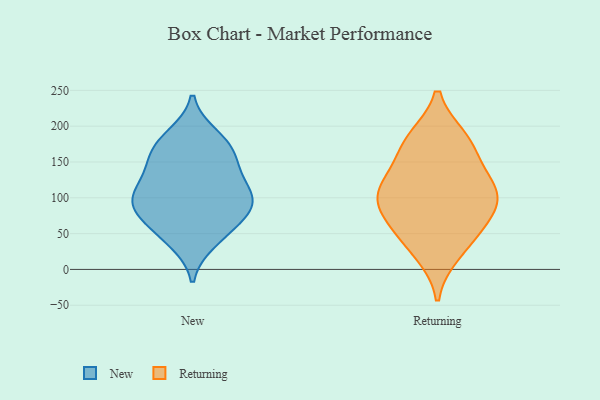
{"axis": {"x": "Operating Costs (USD K)", "y": "Value"}, "legend": ["New", "Returning"], "data": [{"x": "", "y": 187, "type": "New"}, {"x": "", "y": 155, "type": "New"}, {"x": "", "y": 46, "type": "New"}, {"x": "", "y": 84, "type": "New"}, {"x": "", "y": 121, "type": "New"}, {"x": "", "y": 60, "type": "New"}, {"x": "", "y": 92, "type": "New"}, {"x": "", "y": 116, "type": "New"}, {"x": "", "y": 182, "type": "New"}, {"x": "", "y": 38, "type": "New"}, {"x": "", "y": 91, "type": "New"}, {"x": "", "y": 166, "type": "New"}, {"x": "", "y": 159, "type": "New"}, {"x": "", "y": 135, "type": "New"}, {"x": "", "y": 106, "type": "New"}, {"x": "", "y": 78, "type": "New"}, {"x": "", "y": 91, "type": "New"}, {"x": "", "y": 102, "type": "Returning"}, {"x": "", "y": 43, "type": "Returning"}, {"x": "", "y": 180, "type": "Returning"}, {"x": "", "y": 182, "type": "Returning"}, {"x": "", "y": 123, "type": "Returning"}, {"x": "", "y": 101, "type": "Returning"}, {"x": "", "y": 165, "type": "Returning"}, {"x": "", "y": 122, "type": "Returning"}, {"x": "", "y": 98, "type": "Returning"}, {"x": "", "y": 23, "type": "Returning"}, {"x": "", "y": 62, "type": "Returning"}, {"x": "", "y": 76, "type": "Returning"}]}